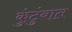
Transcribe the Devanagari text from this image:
कुंटुंबात